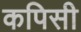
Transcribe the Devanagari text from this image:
कपिसी